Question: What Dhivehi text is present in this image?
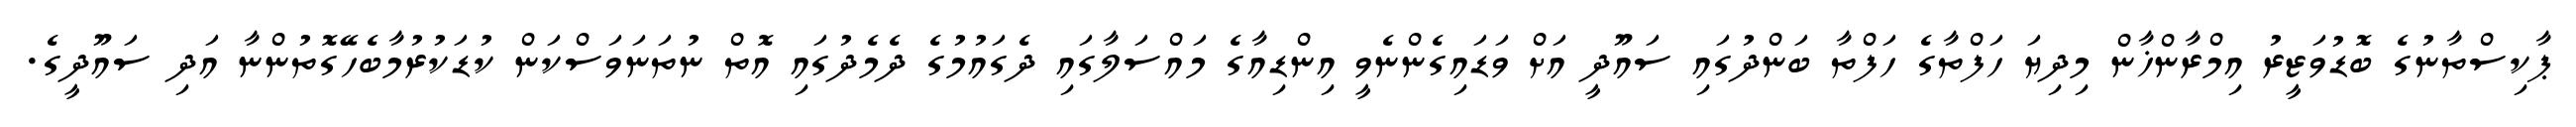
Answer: ޕާކިސްތާނުގެ ބޮޑުވަޒީރު އިމްރާންޚާން މިދިޔަ ހަފްތާގެ ހަފްތާ ބަންދުގައި ސައޫދީ އަށް ވަޑައިގެންނެވީ އިންޑިއާގެ މައްސަލާގައި ދެގައުމުގެ ދެމެދުގައި އޮތް ނުތަނަވަސްކަން ކުޑަކުރުމާބެހޭގޮތުންނާ އަދި ސައޫދީގެ.